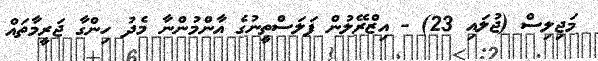
މަޖިލިސް (ޖުލައި 23) - އިޒްރޭލުން ފަލަސްތީނުގެ އާންމުންނާ މެދު ހިންގާ ޖަރީމާތައް